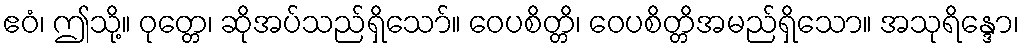
ဧဝံ၊ ဤသို့။ ဝုတ္တေ၊ ဆိုအပ်သည်ရှိသော်။ ဝေပစိတ္တိ၊ ဝေပစိတ္တိအမည်ရှိသော။ အသုရိန္ဒော၊